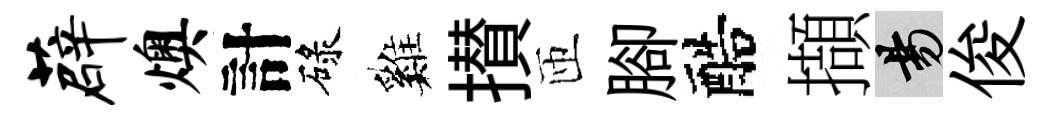
薜燠計碌巍攅匝腳醅擷昜俊